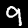
Label: 9